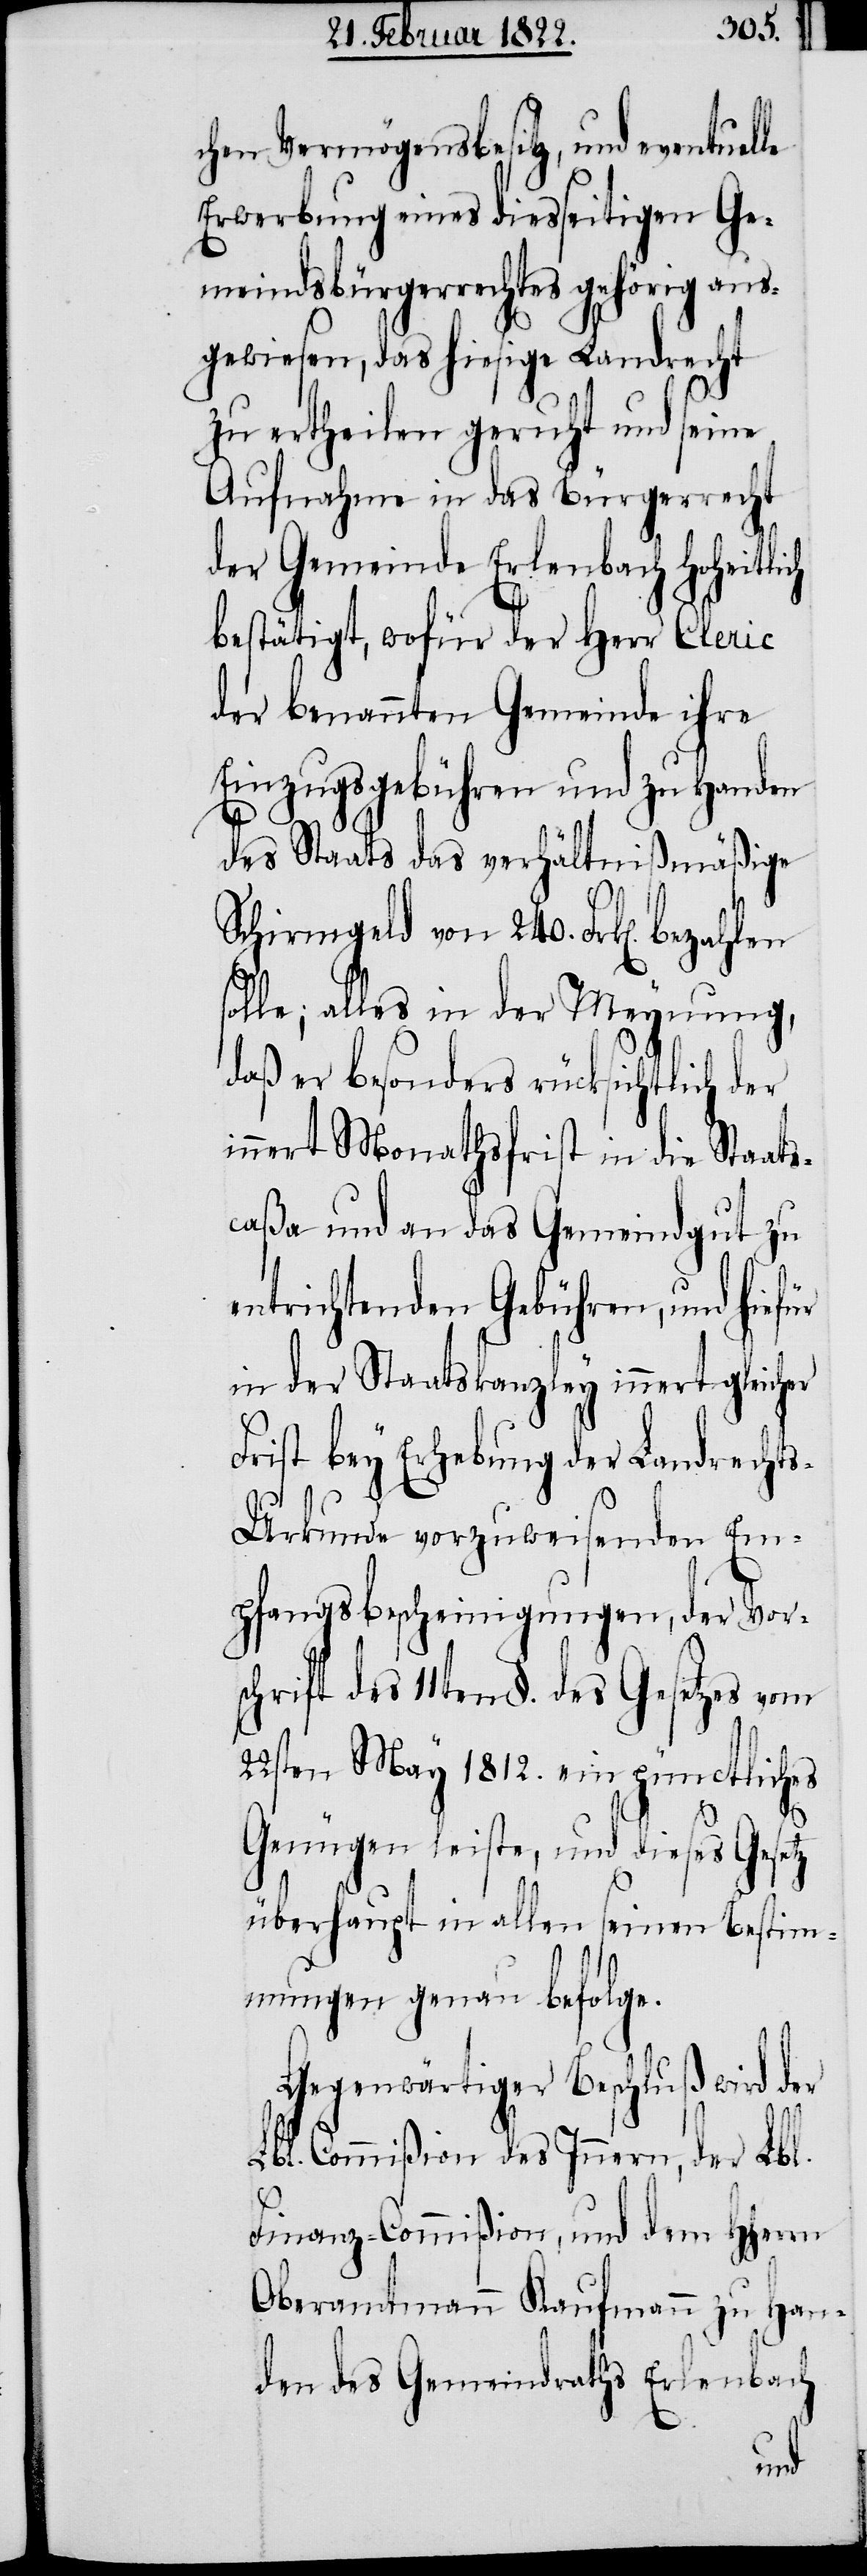
chen Vermögensbesitz, und eventuelle
Erwerbung eines diesseitigen Ge¬
meindsbürgerrechtes gehörig aus¬
gewiesen, das hiesige Landrecht
zu ertheilen geruht und seine
Aufnahme in das Bürgerrecht
der Gemeinde Erlenbach hoheitlich
bestätigt, wofür der Herr Cleric
der benannten Gemeinde ihre
Einzugsgebühren und zu Handen
des Staats das verhältnißmäßige
Schirmgeld von 240. Frk[en].
solle; alles in der Meynung,
daß er besonders rücksichtlich der
inner Monathsfrist in die Staats¬
caßa und an das Gemeindgut zu
entrichtende Gebühren, und hiefür
in der Staatskanzley inner gleicher
Frist bey Erhebung der Landrecht¬
s-Urkunde vorzuweisenden Em¬
pfangsbescheinigungen, der Vorsc¬
hrift des 11ten §. des Gesetzes vom
22sten May 1812. ein pünctliches
Genügen leiste, und dieses Gesetz
überhaupt in allen seinen Bestim¬
mungen genau befolge.
Gegenwärtiger Beschluß wird der
Lbl. Commißion des Innern, der Lbl.
Finanz-Commißion, und dem HHerrn
Oberamtmann Kaufmann zu Han¬
den des Gemeindraths Erlenbach